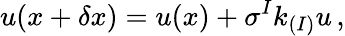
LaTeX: u(x+\delta x)=u(x)+\sigma^{I}k_{(I)}u\, ,